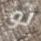
لو